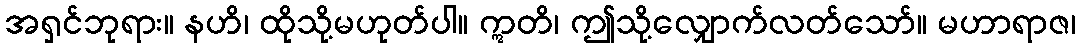
အရှင်ဘုရား။ နဟိ၊ ထိုသို့မဟုတ်ပါ။ ဣတိ၊ ဤသို့လျှောက်လတ်သော်။ မဟာရာဇ၊